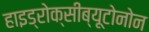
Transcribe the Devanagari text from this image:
हाइड्रोक्सीब्यूटोनोन